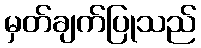
မှတ်ချက်ပြုသည်